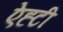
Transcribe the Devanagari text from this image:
ऐह्टी